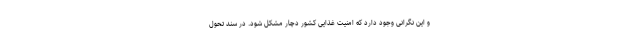
و این نگرانی وجود دارد که امنیت غذایی کشور دچار مشکل شود. در سند تحول